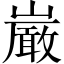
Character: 𫶝